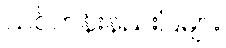
သင်တန်းနည်းပြများ